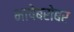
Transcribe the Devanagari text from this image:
भाषेबरोबर